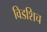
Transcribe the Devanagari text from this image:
विडशिच